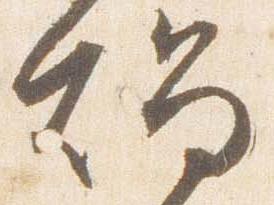
燭